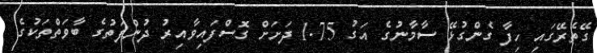
ގޭތެރޭގައި ހިފާ ގެންގުޅޭ ސާމާނުގެ އަގު 1.75 ދަށަށް ގޮސްފައިވާއިރު ދުންފަތުގެ ބާވަތްތަކުގެ